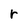
Character: r